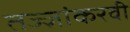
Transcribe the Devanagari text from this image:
तज्ज्ञांकरवी